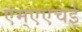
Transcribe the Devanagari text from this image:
एम्एएचई